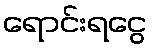
ရောင်းရငွေ